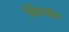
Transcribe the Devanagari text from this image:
धिटाईचे